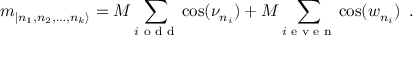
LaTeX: m _ { | n _ { 1 } , n _ { 2 } , \dots , n _ { k } \rangle } = M \sum _ { i \textrm { o d d } } \cos ( \nu _ { n _ { i } } ) + M \sum _ { i \textrm { e v e n } } \cos ( w _ { n _ { i } } ) \, \, \, .